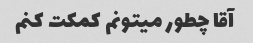
آقا چطور میتونم کمکت کنم